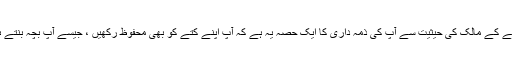
کتے کے مالک کی حیثیت سے آپ کی ذمہ داری کا ایک حصہ یہ ہے کہ آپ اپنے کتے کو بھی محفوظ رکھیں ، جیسے آپ بچہ بنتے ہو۔